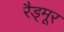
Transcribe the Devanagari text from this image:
रैड्मूर